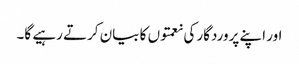
اور اپنے پروردگار کی نعمتوں کا بیان کرتے رہیے گا۔